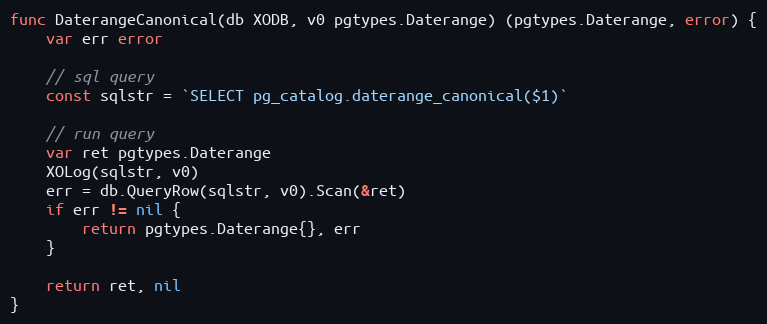
Language: Go
func DaterangeCanonical(db XODB, v0 pgtypes.Daterange) (pgtypes.Daterange, error) {
	var err error

	// sql query
	const sqlstr = `SELECT pg_catalog.daterange_canonical($1)`

	// run query
	var ret pgtypes.Daterange
	XOLog(sqlstr, v0)
	err = db.QueryRow(sqlstr, v0).Scan(&ret)
	if err != nil {
		return pgtypes.Daterange{}, err
	}

	return ret, nil
}